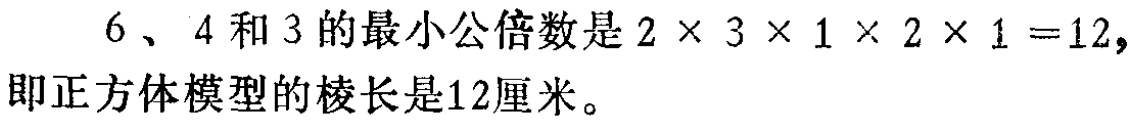
6、4和3的最小公倍数是\(2\times3\times1\times2\times1 = 12\)，即正方体模型的棱长是12厘米。